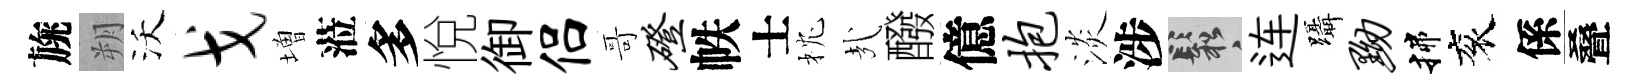
旐朔沃戈増蒞多悅御侣哥磴帙士枕㢤醱億抱淡涉鬆连躡黝揲衮係叠